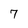
Character: 7